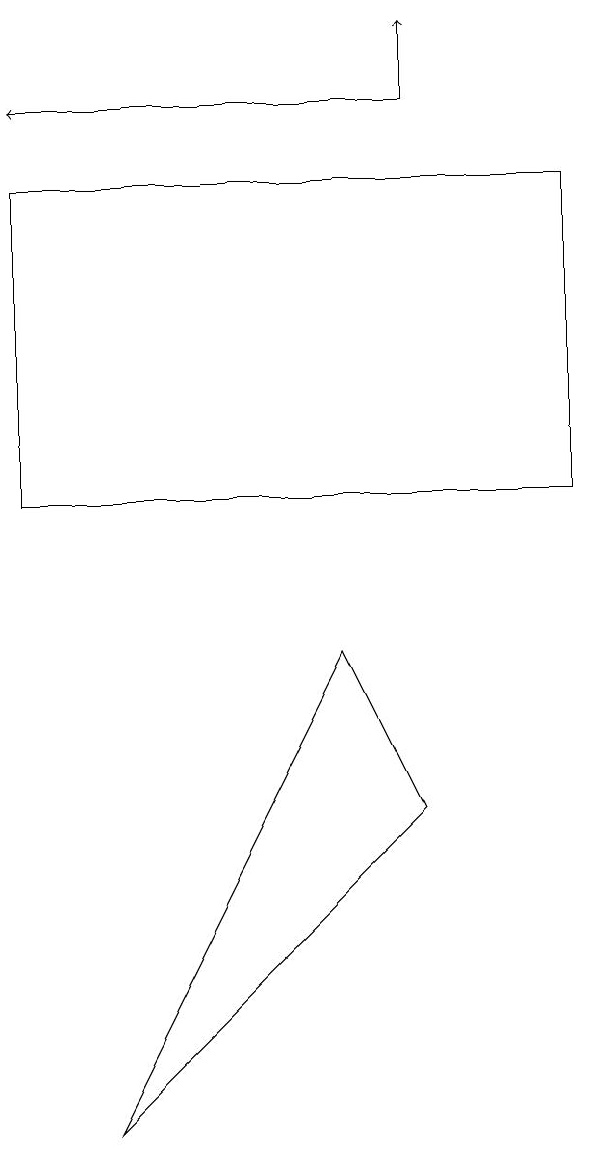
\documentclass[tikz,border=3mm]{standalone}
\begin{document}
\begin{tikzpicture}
\draw[->] (7,16) -- (7,17);
\draw (3,3) -- (7,7) -- (6,9) -- cycle;
\draw (2,11) rectangle (9,15);
\draw[->] (7,16) -- (2,16);
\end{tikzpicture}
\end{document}